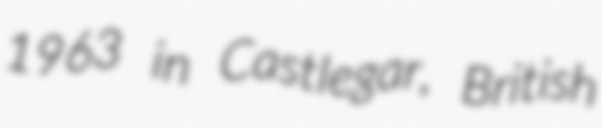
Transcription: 1963 in Castlegar, British